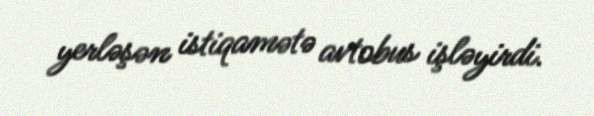
yerləşən istiqamətə avtobus işləyirdi.